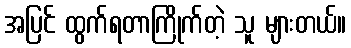
အပြင် ထွက်ရတာကြိုက်တဲ့ သူ များတယ်။